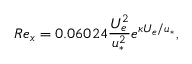
R e _ { x } = 0 . 0 6 0 2 4 \frac { U _ { e } ^ { 2 } } { u _ { * } ^ { 2 } } e ^ { \kappa U _ { e } / u _ { * } } ,